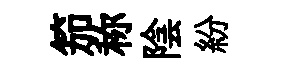
笳称陰紛